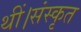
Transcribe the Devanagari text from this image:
थीं।संस्कृत